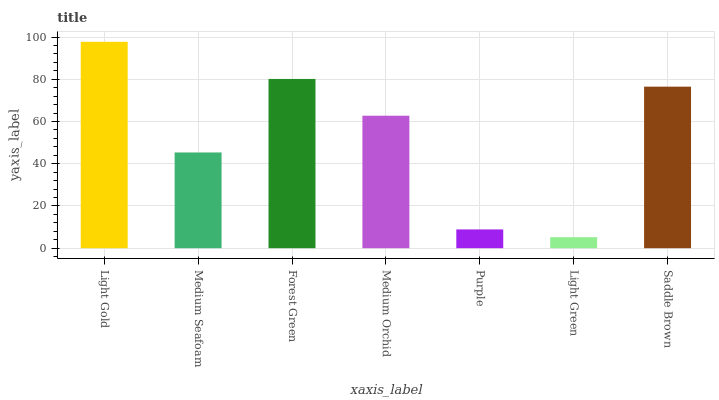
| xaxis_label | bars |
 | --- | --- |
 | Light Gold | 97.7 |
 | Medium Seafoam | 45.3 |
 | Forest Green | 80.1 |
 | Medium Orchid | 62.7 |
 | Purple | 8.89 |
 | Light Green | 5.21 |
 | Saddle Brown | 76.5 |